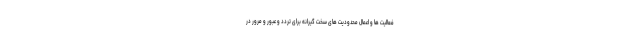
فعالیت ها و اعمال محدودیت های سخت گیرانه برای تردد و عبور و مرور در